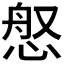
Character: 𫺚